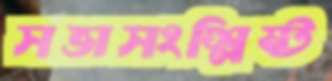
সভাসংশ্লিষ্ট